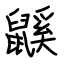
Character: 鼷